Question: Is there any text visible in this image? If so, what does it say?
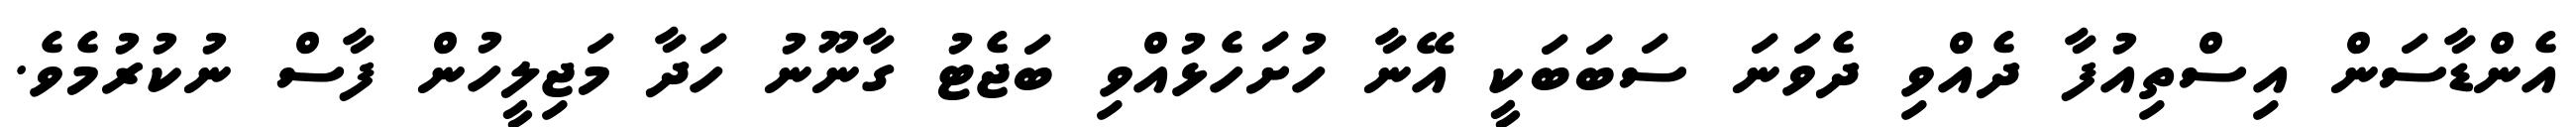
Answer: އެންޑާސަން އިސްތިއުފާ ދެއްވި ދެވަނަ ސަބަބަކީ އޭނާ ހުށަހެޅުއްވި ބަޖެޓު ގާނޫނު ހަދާ މަޖިލީހުން ފާސް ނުކުރުމެވެ.